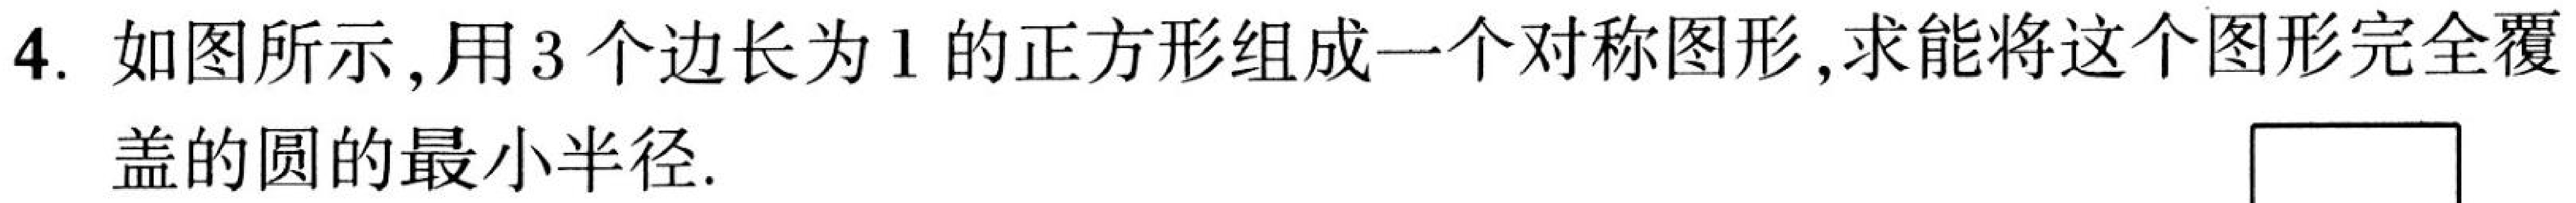
4. 如图所示,用\(3\)个边长为\(1\)的正方形组成一个对称图形,求能将这个图形完全覆\\盖的圆的最小半径.